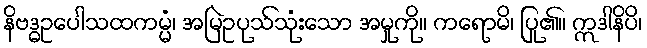
နိဗဒ္ဓဥပေါသထကမ္မံ၊ အမြဲဥပုသ်သုံးသော အမှုကို။ ကရောမိ၊ ပြု၏။ ဣဒါနိပိ၊